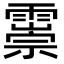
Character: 𩅃